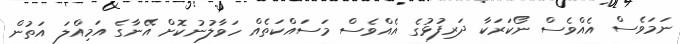
ނަމަވެސް އެއްވެސް ނޯކަަރަކާ ދަރިފުޅުގެ އެއްވެސް މަސައްކަތެއް ހަވާލުނުކޮށް އޭނާގެ އަމިއްލަ އަތުން